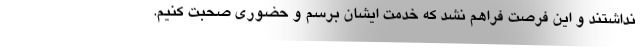
نداشتند و این فرصت فراهم نشد که خدمت ایشان برسم و حضوری صحبت کنیم.